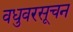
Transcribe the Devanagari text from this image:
वधुवरसूचन